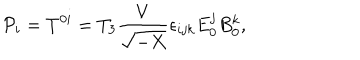
{ \cal P } _ { i } = T ^ { 0 i } = T _ { 3 } \frac { V } { \sqrt { - X } } \epsilon _ { i j k } E _ { 0 } ^ { j } B _ { 0 } ^ { k } ,